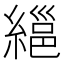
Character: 𦃽